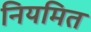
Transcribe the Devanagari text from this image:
नियमित